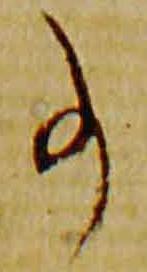
事